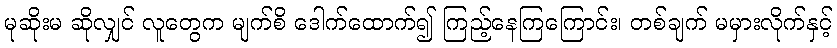
မုဆိုးမ ဆိုလျှင် လူတွေက မျက်စိ ဒေါက်ထောက်၍ ကြည့်နေကြကြောင်း၊ တစ်ချက် မမှားလိုက်နှင့်